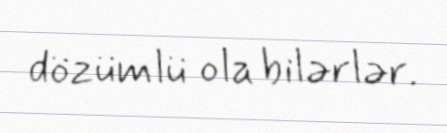
dözümlü ola bilərlər.